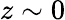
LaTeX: z\sim 0